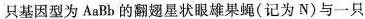
只基因型为AaBb的翻翅星状眼雄果蝇(记为N)与一只